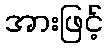
အားဖြင့်